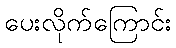
ပေးလိုက်ကြောင်း